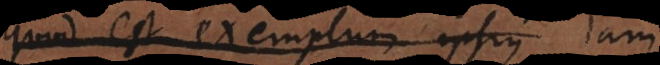
quod est exemplum ipsius Jam